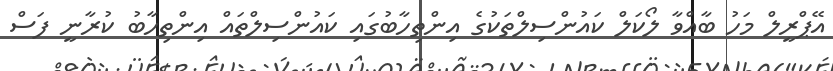
އޭޕްރީލް މަހު ބާއްވާ ލޯކަލް ކައުންސިލްތަކުގެ އިންތިހާބުގައި ކައުންސިލްތައް އިންތިހާބު ކުރާނީ ފަސް